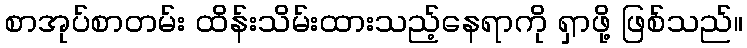
စာအုပ်စာတမ်း ထိန်းသိမ်းထားသည့်နေရာကို ရှာဖို့ ဖြစ်သည်။